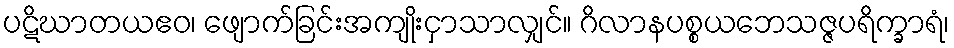
ပဋိဃာတယဧဝ၊ ဖျောက်ခြင်းအကျိုးငှာသာလျှင်။ ဂိလာနပစ္စယဘေသဇ္ဇပရိက္ခာရံ၊